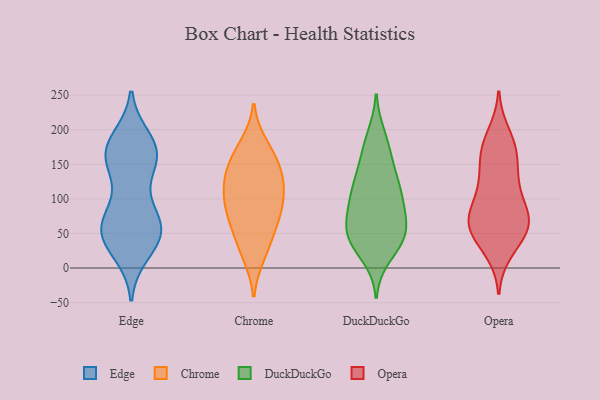
{"axis": {"x": "Budget (USD K)", "y": "Value"}, "legend": ["Chrome", "DuckDuckGo", "Edge", "Opera"], "data": [{"x": "", "y": 63, "type": "Edge"}, {"x": "", "y": 59, "type": "Edge"}, {"x": "", "y": 60, "type": "Edge"}, {"x": "", "y": 41, "type": "Edge"}, {"x": "", "y": 23, "type": "Edge"}, {"x": "", "y": 172, "type": "Edge"}, {"x": "", "y": 169, "type": "Edge"}, {"x": "", "y": 42, "type": "Edge"}, {"x": "", "y": 170, "type": "Edge"}, {"x": "", "y": 166, "type": "Edge"}, {"x": "", "y": 38, "type": "Edge"}, {"x": "", "y": 68, "type": "Edge"}, {"x": "", "y": 153, "type": "Edge"}, {"x": "", "y": 185, "type": "Edge"}, {"x": "", "y": 166, "type": "Edge"}, {"x": "", "y": 90, "type": "Edge"}, {"x": "", "y": 140, "type": "Edge"}, {"x": "", "y": 62, "type": "Edge"}, {"x": "", "y": 90, "type": "Chrome"}, {"x": "", "y": 53, "type": "Chrome"}, {"x": "", "y": 63, "type": "Chrome"}, {"x": "", "y": 96, "type": "Chrome"}, {"x": "", "y": 81, "type": "Chrome"}, {"x": "", "y": 19, "type": "Chrome"}, {"x": "", "y": 158, "type": "Chrome"}, {"x": "", "y": 28, "type": "Chrome"}, {"x": "", "y": 125, "type": "Chrome"}, {"x": "", "y": 177, "type": "Chrome"}, {"x": "", "y": 128, "type": "Chrome"}, {"x": "", "y": 135, "type": "Chrome"}, {"x": "", "y": 92, "type": "Chrome"}, {"x": "", "y": 167, "type": "Chrome"}, {"x": "", "y": 130, "type": "Chrome"}, {"x": "", "y": 110, "type": "DuckDuckGo"}, {"x": "", "y": 180, "type": "DuckDuckGo"}, {"x": "", "y": 138, "type": "DuckDuckGo"}, {"x": "", "y": 191, "type": "DuckDuckGo"}, {"x": "", "y": 34, "type": "DuckDuckGo"}, {"x": "", "y": 77, "type": "DuckDuckGo"}, {"x": "", "y": 97, "type": "DuckDuckGo"}, {"x": "", "y": 40, "type": "DuckDuckGo"}, {"x": "", "y": 51, "type": "DuckDuckGo"}, {"x": "", "y": 56, "type": "DuckDuckGo"}, {"x": "", "y": 61, "type": "DuckDuckGo"}, {"x": "", "y": 123, "type": "DuckDuckGo"}, {"x": "", "y": 167, "type": "DuckDuckGo"}, {"x": "", "y": 102, "type": "DuckDuckGo"}, {"x": "", "y": 17, "type": "DuckDuckGo"}, {"x": "", "y": 38, "type": "DuckDuckGo"}, {"x": "", "y": 74, "type": "DuckDuckGo"}, {"x": "", "y": 140, "type": "DuckDuckGo"}, {"x": "", "y": 104, "type": "DuckDuckGo"}, {"x": "", "y": 45, "type": "DuckDuckGo"}, {"x": "", "y": 117, "type": "Opera"}, {"x": "", "y": 78, "type": "Opera"}, {"x": "", "y": 56, "type": "Opera"}, {"x": "", "y": 165, "type": "Opera"}, {"x": "", "y": 112, "type": "Opera"}, {"x": "", "y": 69, "type": "Opera"}, {"x": "", "y": 159, "type": "Opera"}, {"x": "", "y": 32, "type": "Opera"}, {"x": "", "y": 175, "type": "Opera"}, {"x": "", "y": 78, "type": "Opera"}, {"x": "", "y": 122, "type": "Opera"}, {"x": "", "y": 50, "type": "Opera"}, {"x": "", "y": 24, "type": "Opera"}, {"x": "", "y": 68, "type": "Opera"}, {"x": "", "y": 180, "type": "Opera"}, {"x": "", "y": 194, "type": "Opera"}, {"x": "", "y": 141, "type": "Opera"}, {"x": "", "y": 80, "type": "Opera"}, {"x": "", "y": 61, "type": "Opera"}, {"x": "", "y": 58, "type": "Opera"}]}